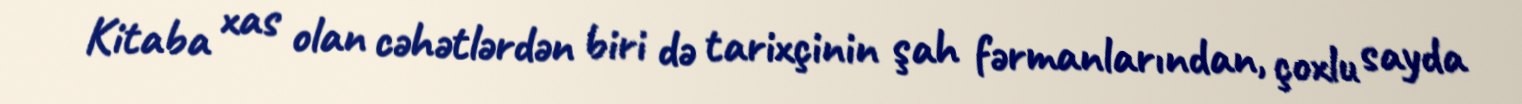
Kitaba xas olan cəhətlərdən biri də tarixçinin şah fərmanlarından, çoxlu sayda